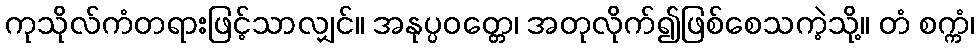
ကုသိုလ်ကံတရားဖြင့်သာလျှင်။ အနုပ္ပဝတ္တေ၊ အတုလိုက်၍ဖြစ်စေသကဲ့သို့။ တံ စက္ကံ၊